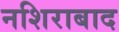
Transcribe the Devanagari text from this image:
नशिराबाद